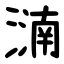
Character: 㵜